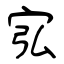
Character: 宖